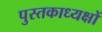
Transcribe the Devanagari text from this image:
पुस्तकाध्यक्षों